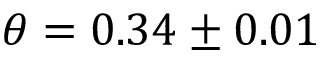
\theta = 0 . 3 4 \pm 0 . 0 1